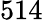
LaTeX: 514